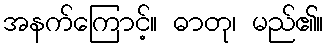
အနက်ကြောင့်။ ဓာတု၊ မည်၏။